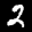
Label: 2